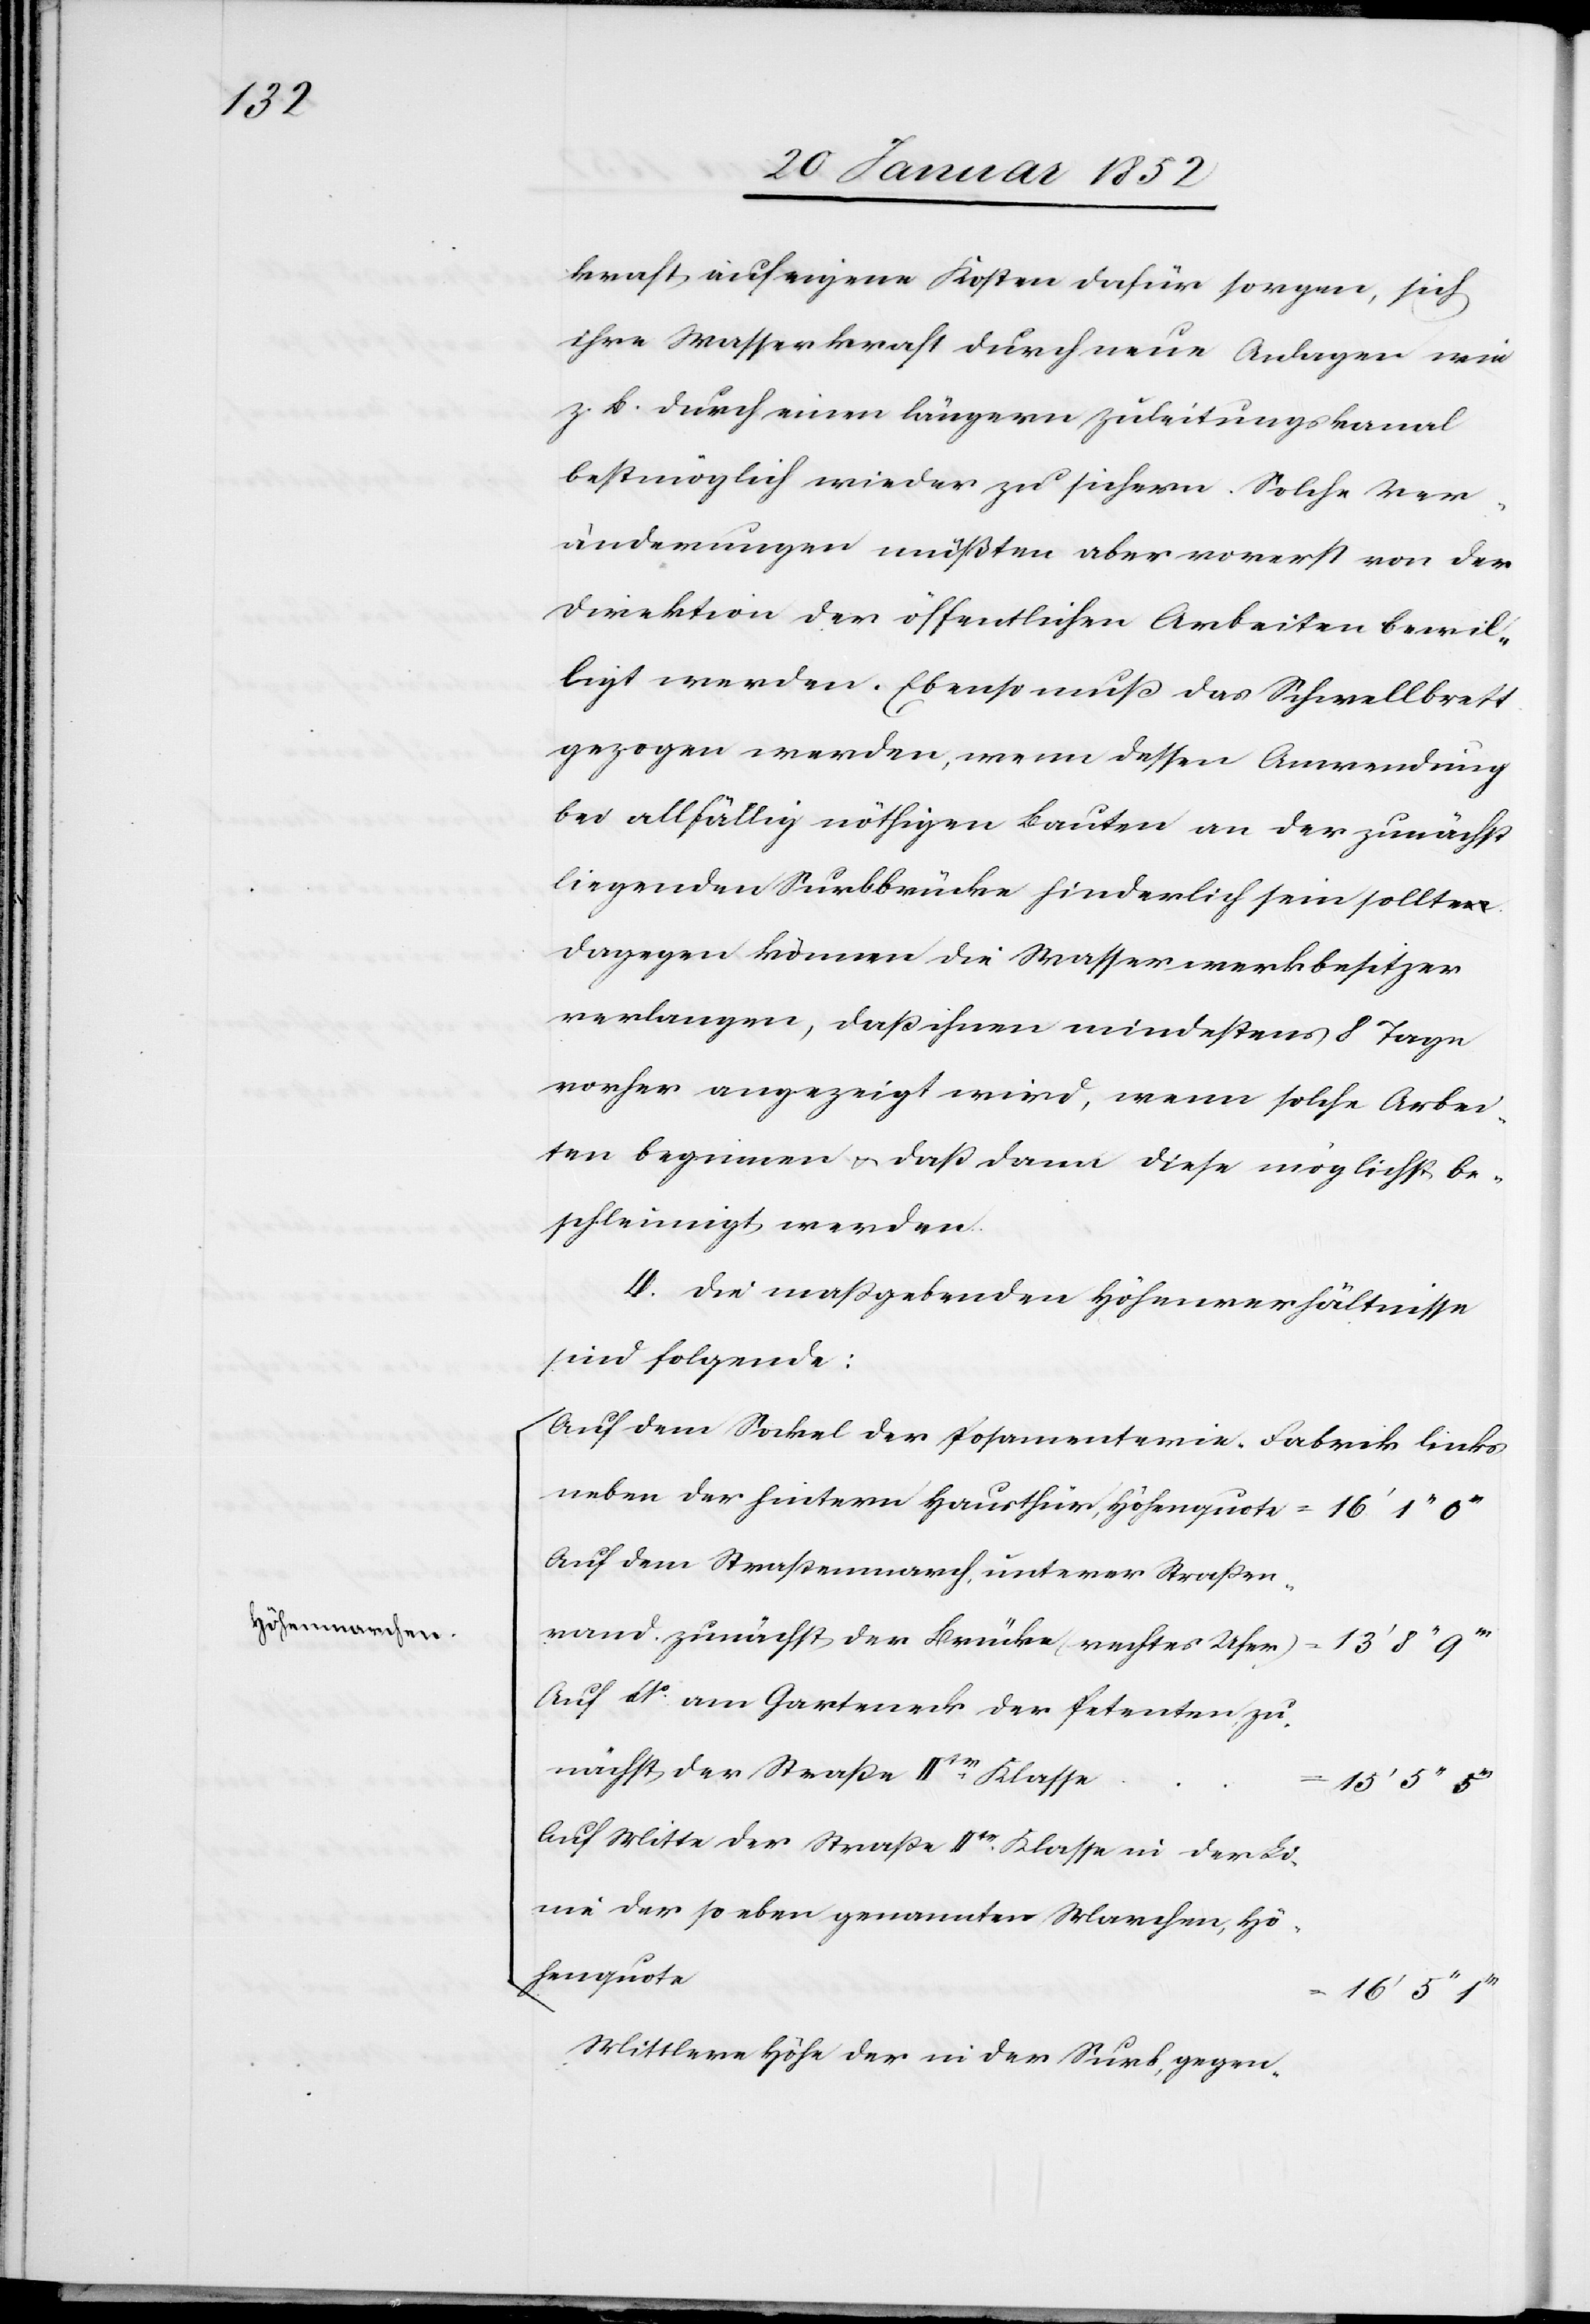
Höhenmarchen

kraft, auf eigene Kosten dafür sorgen, sich
ihre Wasserkraft durch neue Anlagen wie
bestmöglich wieder zu sichern. Solche Ver¬
{
änderungen müßten aber vorerst von der
Direktion der öffentlichen Arbeiten bewil¬
ligt werden. Ebenso muß das Schwellbrett
gezogen werden, wenn dessen Anwendung
bei allfällig nöthigen Bauten an der zunächst
liegenden Surbbrücke hinderlich sein sollte.
Dagegen können die Wasserwerkbesitzer
verlangen, daß ihnen mindestens 8 Tage
vorher angezeigt wird, wenn solche Arbei¬
ten beginnen u. daß dann diese möglichst be¬
schleunigt werden.
4. Die maßgebenden Höhenverhältnisse
sind folgende.
Auf dem Sockel der Posamenterie-Fabrik links
neben der hintern Hausthür, Höhenquote
Auf dem Straßenmarch, unterer Straßen¬
rand, zunächst der Brücke (rechtes Ufer)
13’ 8’’
Auf dto am Gargeneck der Petenten zu¬
nächst der Straße IIte Klasse
15’ 5’’
Auf Mitte der Straße IIte Klasse in der Li¬
nie der so eben genannten Marchen, Hö¬
henquote
Mittlere Höhe der in der Surb gegen-